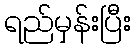
ရည်မှန်းပြီး